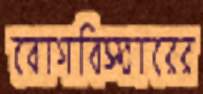
রোগবিস্তারের